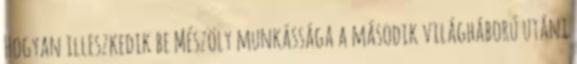
Hogyan illeszkedik be Mészöly munkássága a második világháború utáni